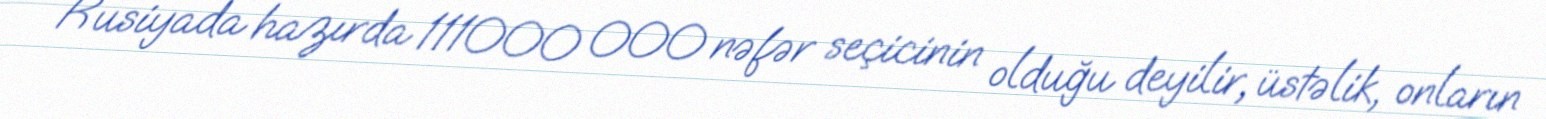
Rusiyada hazırda 111000 000 nəfər seçicinin olduğu deyilir, üstəlik, onların